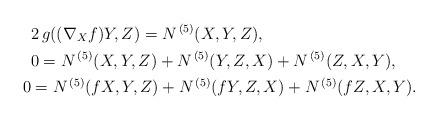
LaTeX: \begin{align*} & 2\,g((\nabla_{X}{f})Y,Z) = N^{\,(5)}(X,Y,Z),\\ & 0 = N^{\,(5)}(X,Y,Z) + N^{\,(5)}(Y,Z,X) + N^{\,(5)}(Z, X, Y) ,\\ 0 & = N^{\,(5)}({f} X,Y,Z) + N^{\,(5)}({f} Y,Z,X) + N^{\,(5)}({f} Z, X, Y) .\end{align*}